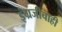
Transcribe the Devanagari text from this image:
इंग्रजीचाही